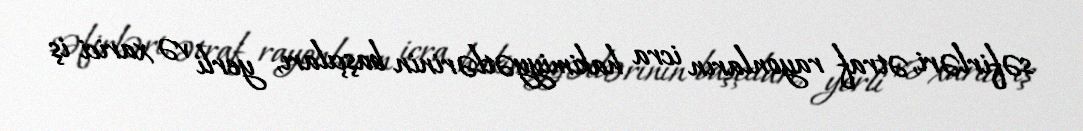
səfirləri, ətraf rayonların icra hakimiyyətlərinin başçıları, yerli və xarici iş